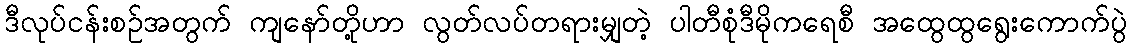
ဒီလုပ်ငန်းစဉ်အတွက် ကျနော်တို့ဟာ လွတ်လပ်တရားမျှတဲ့ ပါတီစုံဒီမိုကရေစီ အထွေထွရွေးကောက်ပွဲ